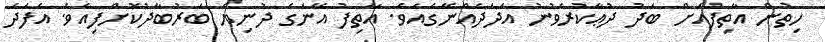
ހިތުން އާތިފުއަށް ބަދު ދުޢާކުރެވުނު އަދަދެއްނޭގެއެވެ. އާތިފު އޭނަގެ ދުނިޔެ ބަރުބާދުކޮށްފިއެވެ. އެފަދަ